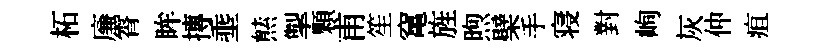
柘㢘霄眸摶埀㷱掣顆甫笙𥧄旌煦檗手寝對峋灰仲疽